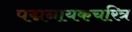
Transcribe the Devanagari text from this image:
पद्मनायकचरित्र